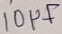
Text: 10µF